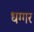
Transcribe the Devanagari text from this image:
धग्गर